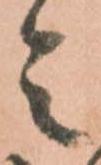
令